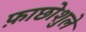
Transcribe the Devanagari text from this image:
फ़ाछोशुले